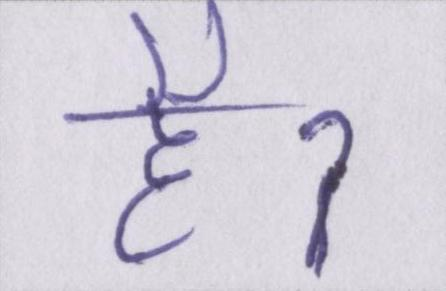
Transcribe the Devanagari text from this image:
हैॽ